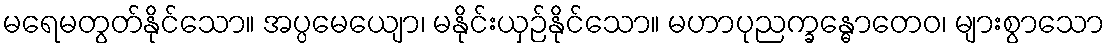
မရေမတွတ်နိုင်သော။ အပ္ပမေယျော၊ မနိုင်းယှဉ်နိုင်သော။ မဟာပုညက္ခန္ဓောတေဝ၊ များစွာသော